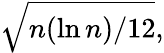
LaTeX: {\sqrt{n(\ln n)/12}},